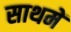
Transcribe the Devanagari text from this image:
साथमें